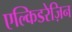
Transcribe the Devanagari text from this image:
एल्किडरेज़िन